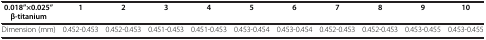
<table><thead><tr><td><b>0.018”×0.025” β-titanium</b></td><td><b>1</b></td><td><b>2</b></td><td><b>3</b></td><td><b>4</b></td><td><b>5</b></td><td><b>6</b></td><td><b>7</b></td><td><b>8</b></td><td><b>9</b></td><td><b>10</b></td></tr></thead><tbody><tr><td>Dimension (mm)</td><td>0.452-0.453</td><td>0.452-0.453</td><td>0.451-0.453</td><td>0.451-0.453</td><td>0.453-0.454</td><td>0.453-0.454</td><td>0.452-0.453</td><td>0.452-0.453</td><td>0.453-0.455</td><td>0.453-0.455</td></tr></tbody></table>